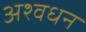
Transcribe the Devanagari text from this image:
अश्वधन